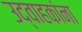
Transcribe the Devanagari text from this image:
उद्वाहकांना